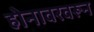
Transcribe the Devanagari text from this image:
होनावरवरून